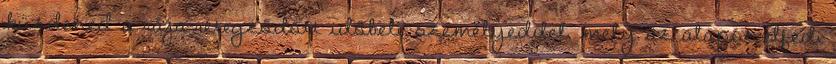
küzdened a rája-rétegződött időbeli személyeddel, mely az alapot elfedi